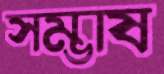
সম্ভাষ